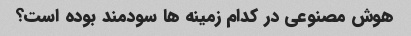
هوش مصنوعی در کدام زمینه ها سودمند بوده است؟